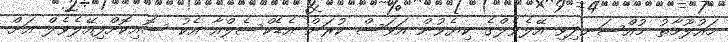
މައުލޫމާތު މުއްސަނދިވި އޭލެވެލްގެ ކިޔެވުން އަވަސް ކުރަން އެޑެކްސެލްއާ އެކު ސޮއިކޮށްފިއޭލެވެލް އަށް